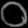
Digit: ၀